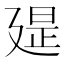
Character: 𢌪